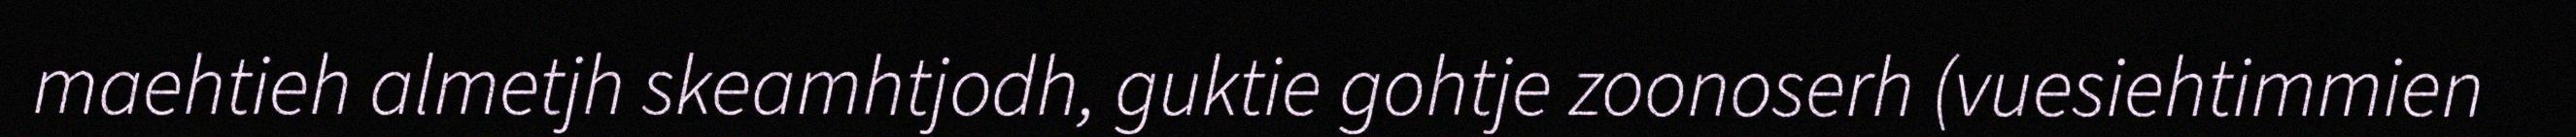
maehtieh almetjh skeamhtjodh, guktie gohtje zoonoserh (vuesiehtimmien